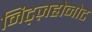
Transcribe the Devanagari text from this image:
निट्ज़होनोट